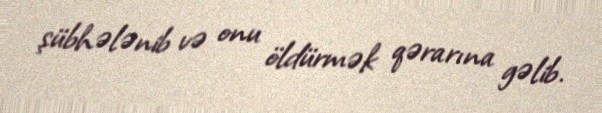
şübhələnib və onu öldürmək qərarına gəlib.